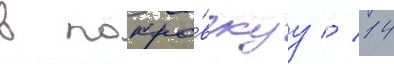
в покро́вскуу // 14